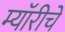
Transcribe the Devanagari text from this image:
म्यॉरीचे